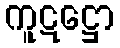
ကူဋဋ္ဌော